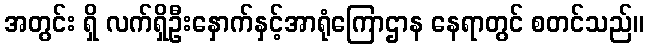
အတွင်း ရှိ လက်ရှိဦးနှောက်နှင့်အာရုံကြောဌာန နေရာတွင် စတင်သည်။